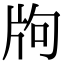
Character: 𤖵